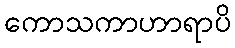
ကောသကာဟာရာပိ